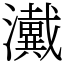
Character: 瀻